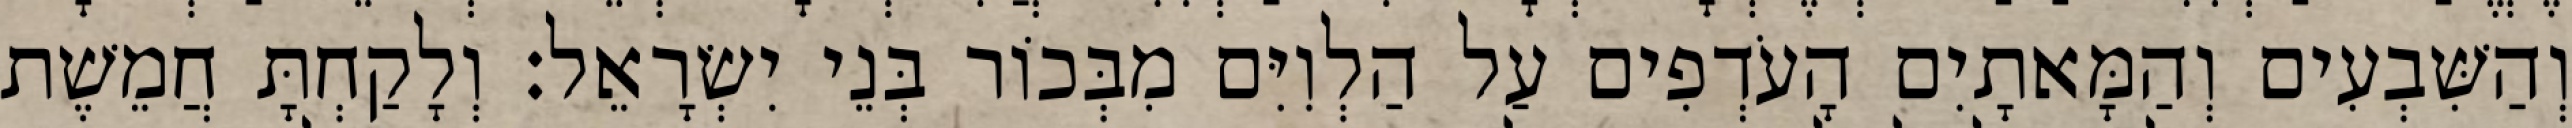
וְהַשִּׁבְעִים וְהַמָּאתָיִם הָעֹדְפִים עַל הַלְוִיִּם מִבְּכוֹר בְּנֵי יִשְׂרָאֵל׃ וְלָקַחְתָּ חֲמֵשֶׁת